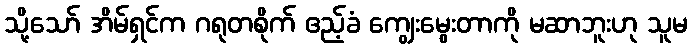
သို့သော် အိမ်ရှင်က ဂရုတစိုက် ဧည့်ခံ ကျွေးမွေးတာကို မဆာဘူးဟု သူမ